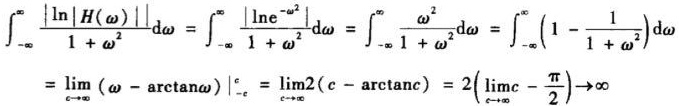
\[
\begin{align*}
\int_{-\infty}^{\infty} \frac{|\ln |H(\omega)||}{1 + \omega^2} \mathrm{d}\omega &= \int_{-\infty}^{\infty} \frac{|\ln e^{-\omega^2}|}{1 + \omega^2} \mathrm{d}\omega = \int_{-\infty}^{\infty} \frac{\omega^2}{1 + \omega^2} \mathrm{d}\omega = \int_{-\infty}^{\infty} \left(1 - \frac{1}{1 + \omega^2}\right) \mathrm{d}\omega \\
&= \lim_{c \to \infty} (\omega - \arctan\omega)\big|_{-c}^{c} = \lim_{c \to \infty}2(c - \arctan c) = 2\left(\lim_{c \to \infty}c - \frac{\pi}{2}\right) \to \infty
\end{align*}
\]